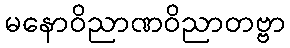
မနောဝိညာဏဝိညာတဗ္ဗာ